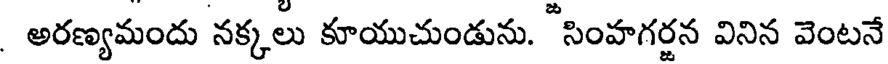
అరణ్యమందు నక్కలు కూయుచుండును. "సింహగర్జన వినిన వెంటనే